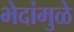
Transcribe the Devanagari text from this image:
भेदांमुळे